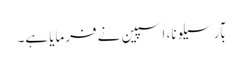
بآرسیلونا، اسپین نے فرمایا ہے۔